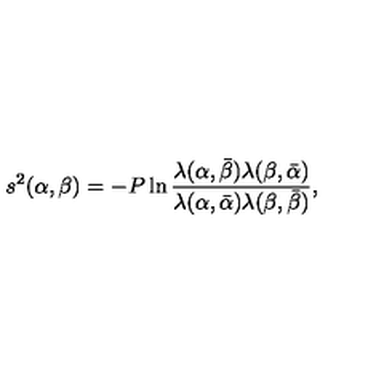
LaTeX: s ^ { 2 } ( \alpha , \beta ) = - P \ln \frac { \lambda ( \alpha , \bar { \beta } ) \lambda ( \beta , \bar { \alpha } ) } { \lambda ( \alpha , \bar { \alpha } ) \lambda ( \beta , \bar { \beta } ) } ,